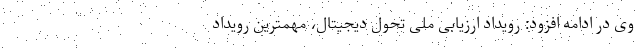
وی در ادامه افزود: رویداد ارزیابی ملی تحول دیجیتال، مهمترین رویداد